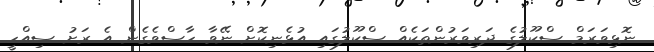
ނޮޅިވަރަމް ސްކޫލުގެ ދަރިވަރުންތަކެއް ސްކޫލުގައި އުޅެނިކޮށް ނޭވާ ހާސްވެގެން އެ ރަށު ސިއްހީ